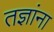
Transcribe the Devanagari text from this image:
तज्ञांना